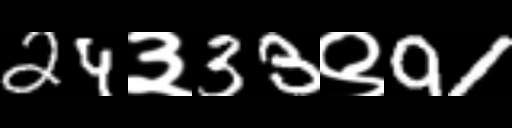
Text: 24३33९91